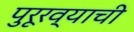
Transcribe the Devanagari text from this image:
पुरूरव्याची